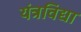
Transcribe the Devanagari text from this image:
यंत्रविद्या